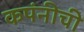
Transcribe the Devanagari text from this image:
कपंनीची